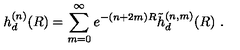
h _ { d } ^ { ( n ) } ( R ) = \sum _ { m = 0 } ^ { \infty } e ^ { - ( n + 2 m ) R } \tilde { h } _ { d } ^ { ( n , m ) } ( R ) \ .